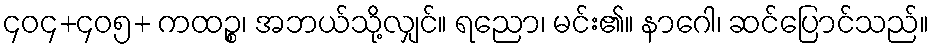
၄၀၄+၄၀၅+ ကထဉ္စ၊ အဘယ်သို့လျှင်။ ရညော၊ မင်း၏။ နာဂေါ၊ ဆင်ပြောင်သည်။